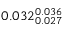
0 . 0 3 2 _ { 0 . 0 2 7 } ^ { 0 . 0 3 6 }